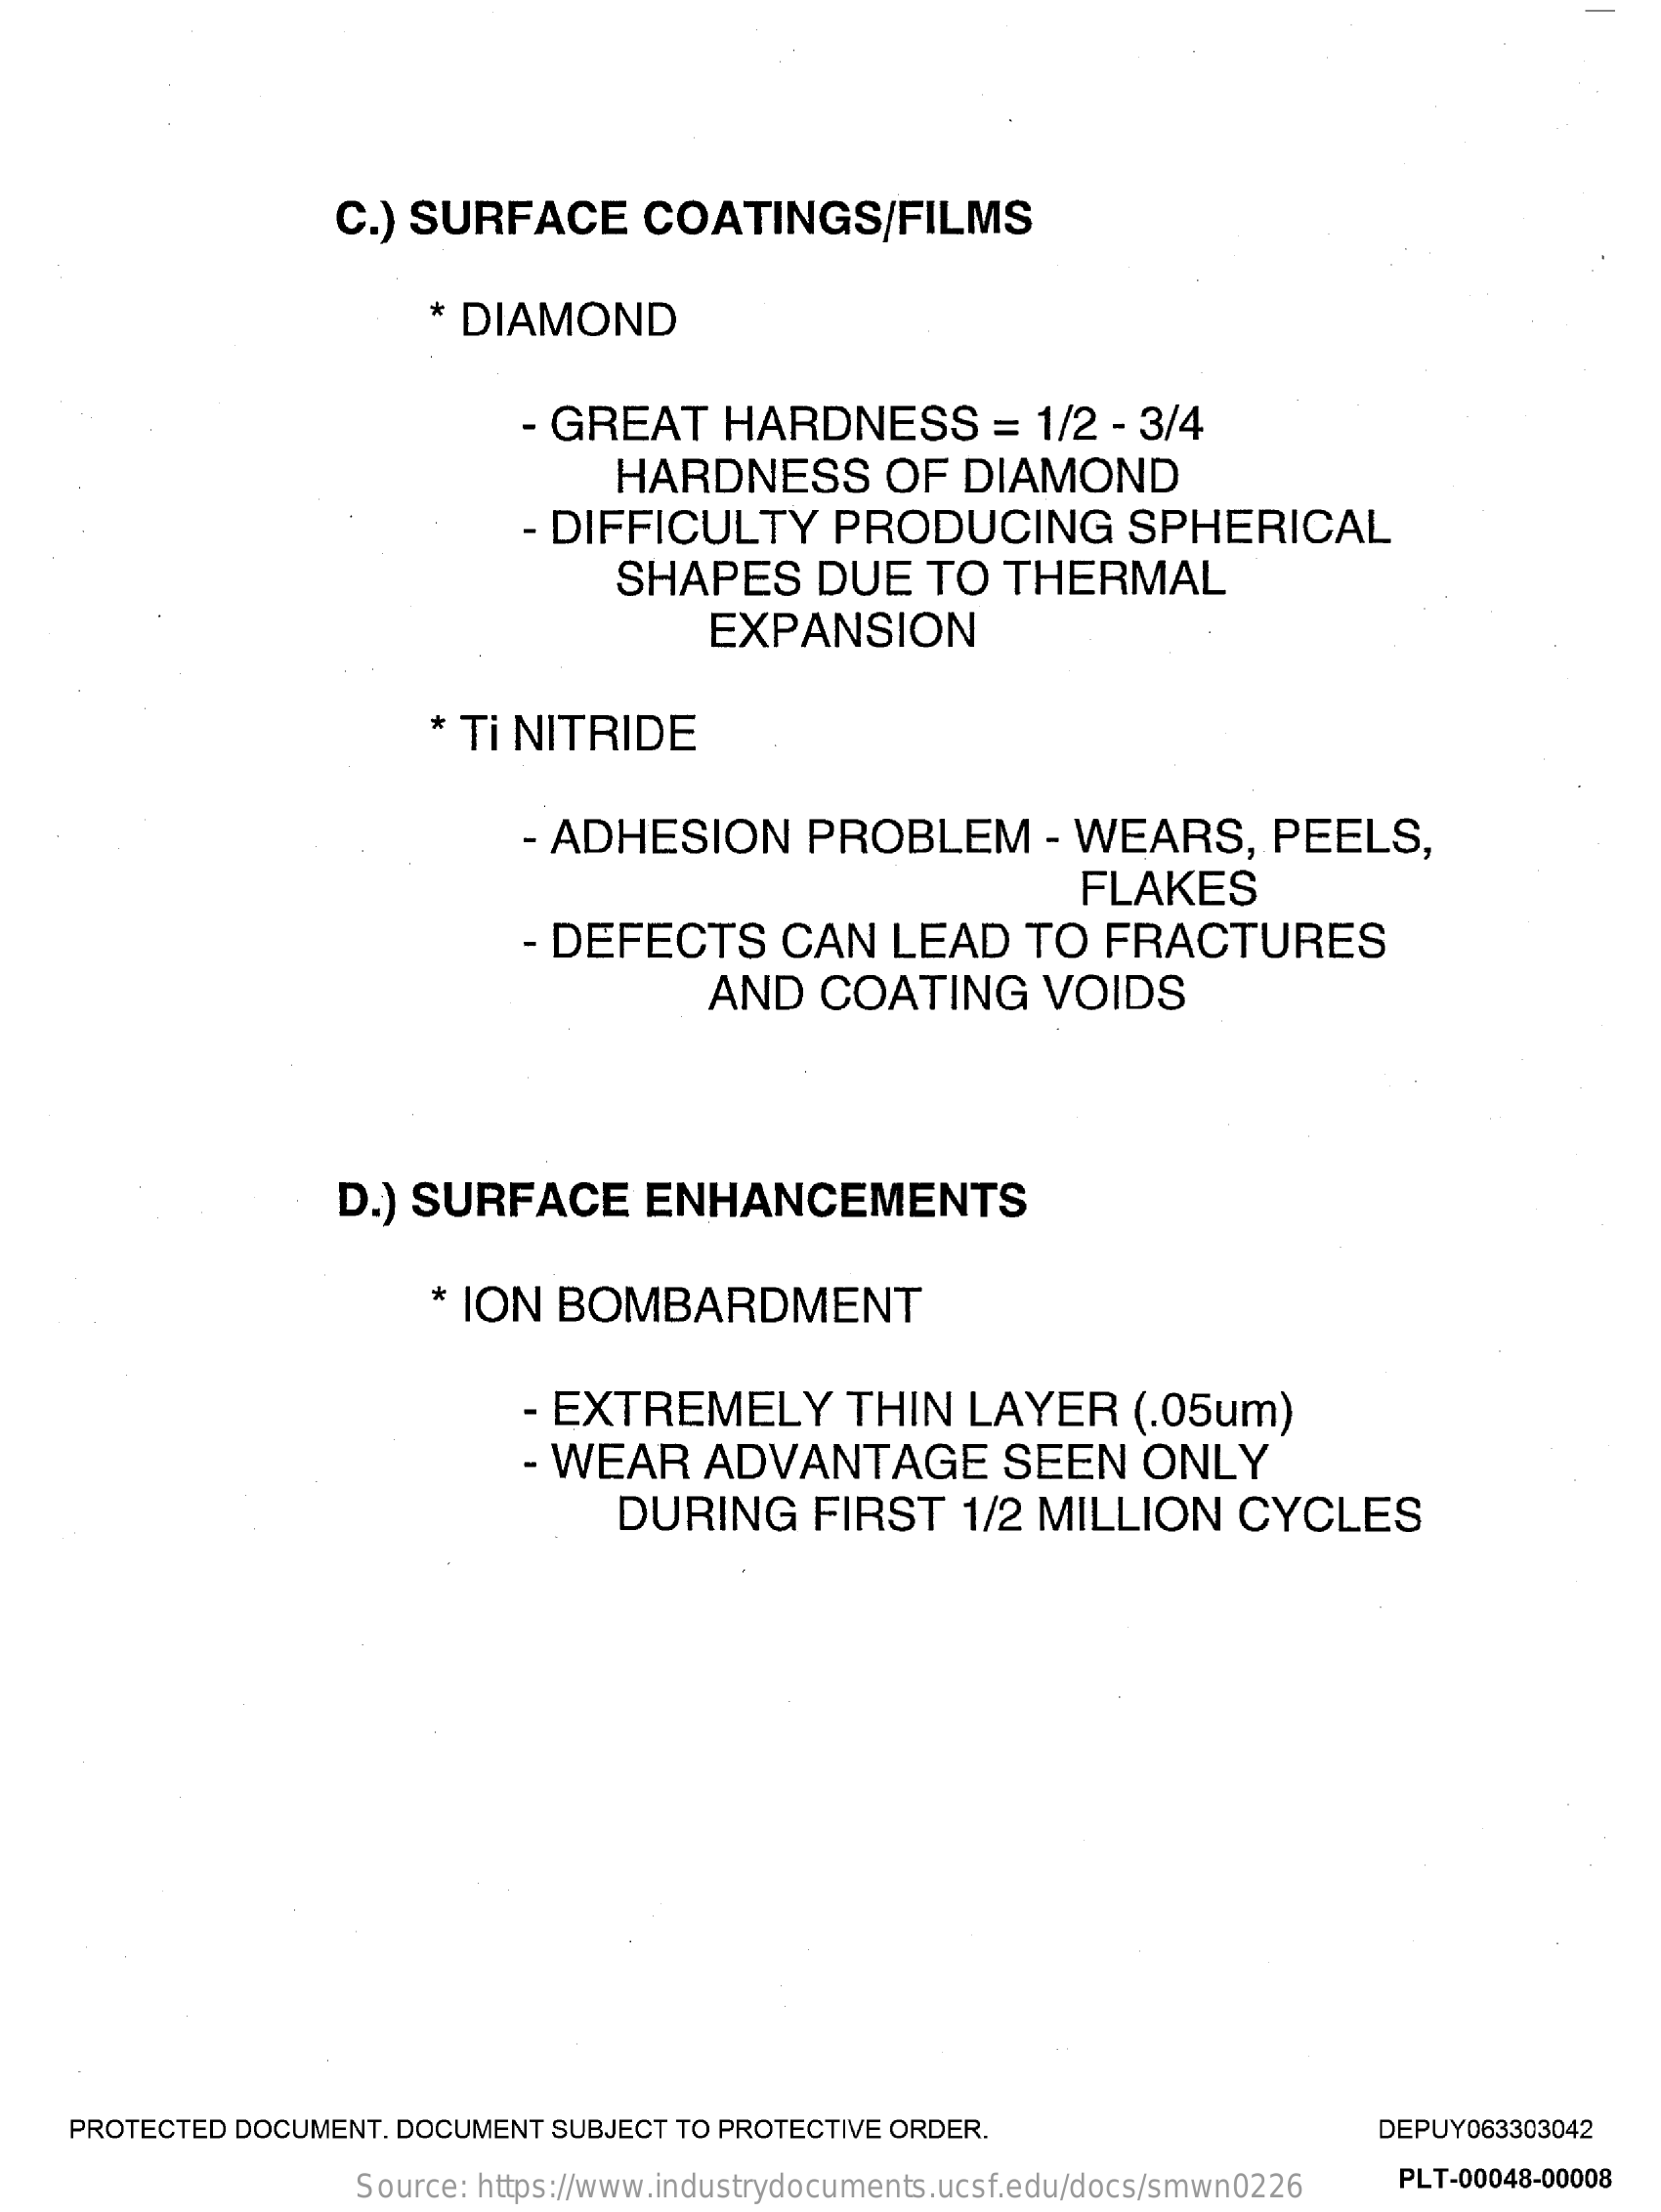
C.) SURFACE    COATINGS/FILMS
     * DIAMOND
     - GREAT    HARDNESS    =  1/2 - 3/4
     HARDNESS    OF  DIAMOND
     - DIFFICULTY    PRODUCING    SPHERICAL
     SHAPES    DUE    TO  THERMAL
     EXPANSION
     * Ti NITRIDE
     - ADHESION    PROBLEM    - WEARS,    PEELS,
     FLAKES
     - DEFECTS    CAN   LEAD    TO  FRACTURES
     AND   COATING    VOIDS
     D.) SURFACE    ENHANCEMENTS
     * ION   BOMBARDMENT
     - EXTREMELY    THIN   LAYER    (.05um)
     - WEAR    ADVANTAGE    SEEN    ONLY
     DURING    FIRST    1/2 MILLION    CYCLES
    PROTECTED DOCUMENT. DOCUMENT SUBJECT TO PROTECTIVE ORDER.    DEPUY063303042
     Source: https://www.industrydocuments.ucsf.edu/docs/smwn0226 PLT-00048-00008